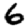
Digit: 6